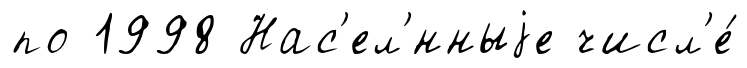
по 1998 Нас'ел'́нныjе числ'е́